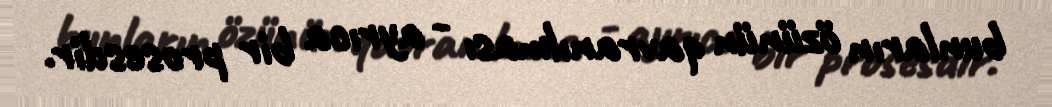
bunların özünün qavranılması - ayrıca bir prosesdir.